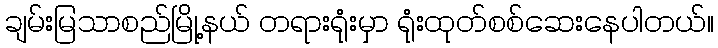
ချမ်းမြသာစည်မြို့နယ် တရားရုံးမှာ ရုံးထုတ်စစ်ဆေးနေပါတယ်။